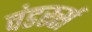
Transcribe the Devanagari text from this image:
वंडरर्स